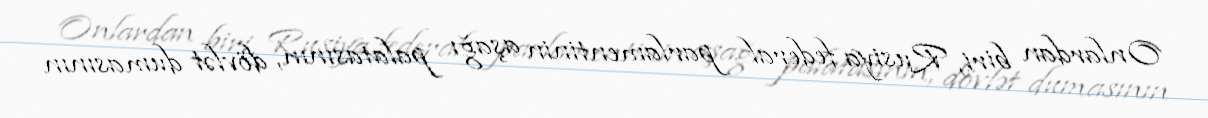
Onlardan biri, Rusiya federal parlamentinin aşağı palatasının, dövlət dumasının